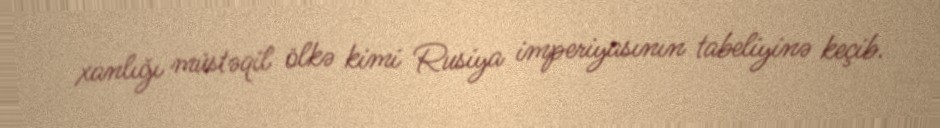
xanlığı müstəqil ölkə kimi Rusiya imperiyasının tabeliyinə keçib.